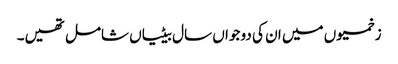
زخمیوں میں ان کی دو جواں سال بیٹیاں شامل تھیں۔